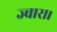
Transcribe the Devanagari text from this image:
ज्वारा।